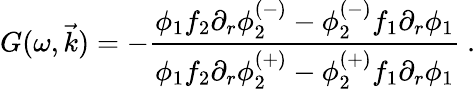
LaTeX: G(\omega,\vec{k})=-\frac{\phi_{1}f_{2}\partial_{r}\phi_{2}^{(-)}-\phi_{2}^{(-)}f_{1}\partial_{r}\phi_{1}}{\phi_{1}f_{2}\partial_{r}\phi_{2}^{(+)}-\phi_{2}^{(+)}f_{1}\partial_{r}\phi_{1}}\ .